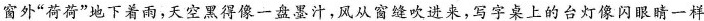
窗外”荷将”地下着雨，天空黑得像一盘汁，风从窗缝吹进来，写字桌上的台灯像闪眼睛一样